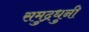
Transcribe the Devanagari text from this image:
समुद्रधुनी